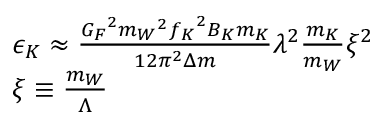
\begin{array} { l } { { \epsilon _ { K } \approx \frac { { G _ { F } } ^ { 2 } { m _ { W } } ^ { 2 } { f _ { K } } ^ { 2 } B _ { K } m _ { K } } { 1 2 \pi ^ { 2 } \Delta m } \lambda ^ { 2 } \frac { m _ { K } } { m _ { W } } \xi ^ { 2 } } } \\ { { \xi \equiv \frac { m _ { W } } { \Lambda } } } \end{array}